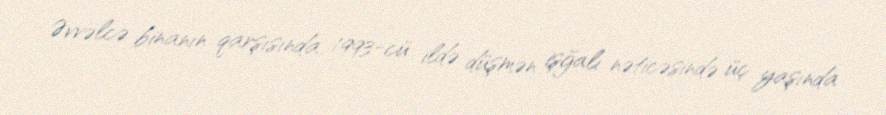
Əvvəlcə binanın qarşısında 1993-cü ildə düşmən işğalı nəticəsində üç yaşında